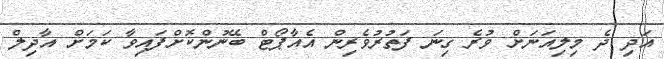
އަދި ދެ މިލިއަނަށް ވުރެ ގިނަ ފަތުރުވެރިން އެއާޕޯޓް ބޭނުންކޮށްފައިވާ ކަމަށް އާދިލް